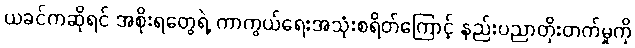
ယခင်ကဆိုရင် အစိုးရတွေရဲ့ ကာကွယ်ရေးအသုံးစရိတ်ကြောင့် နည်းပညာတိုးတက်မှုကို